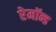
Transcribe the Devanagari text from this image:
रेमॉन्ड